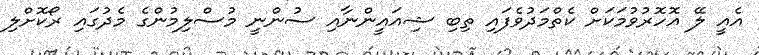
އެއީ ލޭ އޮހޮރުވުމަކަށް ކެތްމަދުވެފައި ތިބި ޝިއައީންނާއި ސުންނީ މުސްލިމުންގެ މެދުގައި ރޯކޮށްލި